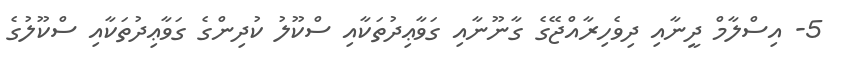
5- އިސްލާމް ދީނާއި ދިވެހިރާއްޖޭގެ ގާނޫނާއި ގަވާޢިދުތަކާއި ސްކޫލު ކުދިންގެ ގަވާޢިދުތަކާއި ސްކޫލުގެ